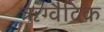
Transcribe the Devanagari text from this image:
ॠग्वैदिक